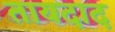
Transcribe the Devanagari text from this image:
तायदाद